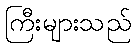
ကြီးများသည်